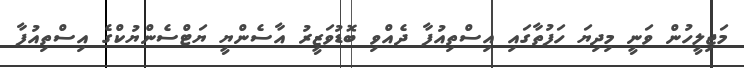
މަޖިލީހުން ވަނީ މިދިޔަ ހަފުތާގައި އިސްތިއުފާ ދެއްވި ބޮޑުވަޒީރު އާސެންޔީ ޔަޓްސެންޔުކްގެ އިސްތިއުފާ